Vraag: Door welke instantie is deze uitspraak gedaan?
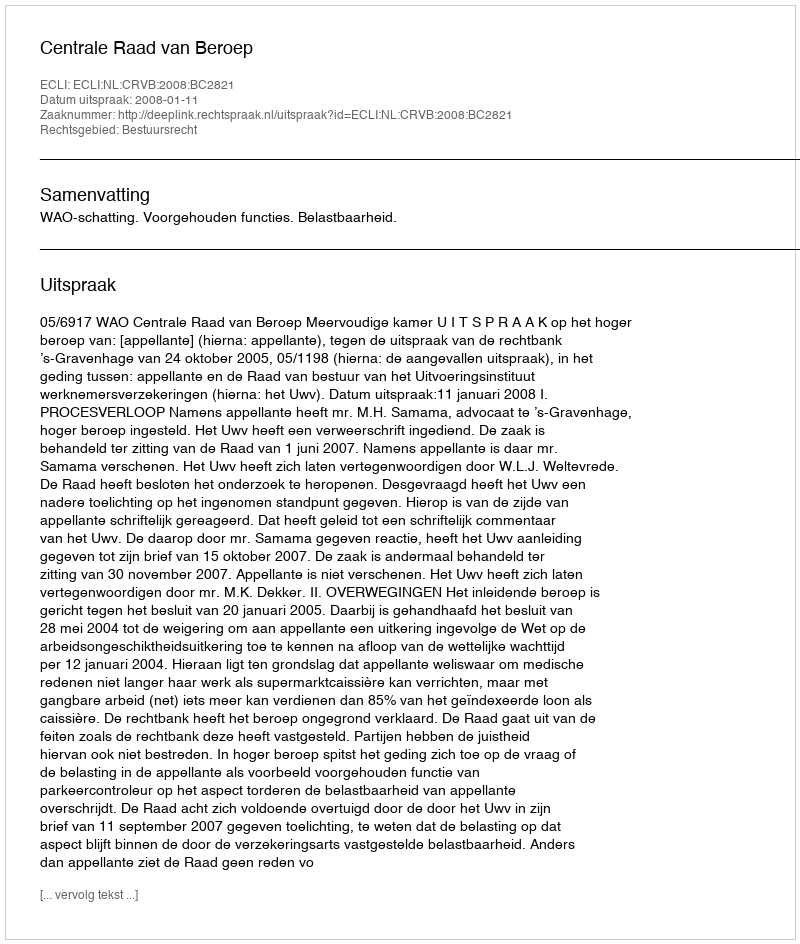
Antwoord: Centrale Raad van Beroep